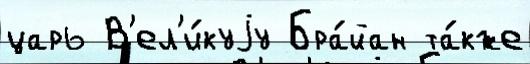
царь В'ел'и́куjу Бра́йан та́кже